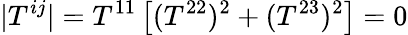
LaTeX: |T^{ij}|=T^{11}\left[(T^{22})^{2}+(T^{23})^{2}\right]=0